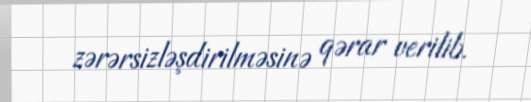
zərərsizləşdirilməsinə qərar verilib.